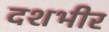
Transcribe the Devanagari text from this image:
दशभीर